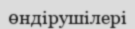
өндірушілері